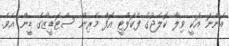
އަންނަ އަކީ ވިލާ ކޮލެޖުގެ ފެކަލްޓީ އޮފް މެރިން ސްޓަޑީޒްގެ ޑީން އެވެ.